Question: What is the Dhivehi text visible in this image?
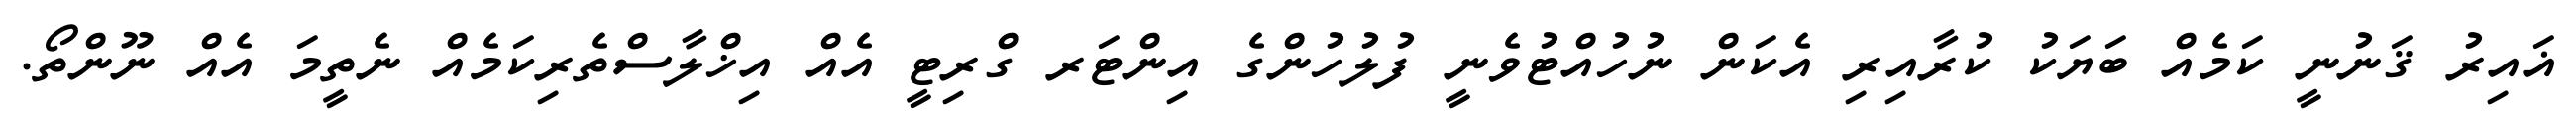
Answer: ޣައިރު ޤަނުނީ ކަމެއް ބަޔަކު ކުރާއިރި އެކަން ނުހުއްޓުވެނީ ފުލުހުންގެ އިންޓަރ ގްރިޓީ އެއް އިޚްލާސްތެރިކަމެއް ނެތީމަ އެއް ނޫންތޯ.